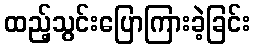
ထည့်သွင်းပြောကြားခဲ့ခြင်း